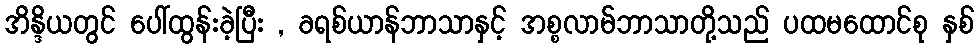
အိန္ဒိယတွင် ပေါ်ထွန်းခဲ့ပြီး , ခရစ်ယာန်ဘာသာနှင့် အစ္စလာမ်ဘာသာတို့သည် ပထမထောင်စု နှစ်